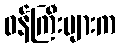
ဝန်ကြီးများက